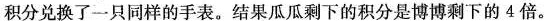
积分兑换了一只同样的手表。结果瓜瓜剩下的积分是博博剩下的4倍。